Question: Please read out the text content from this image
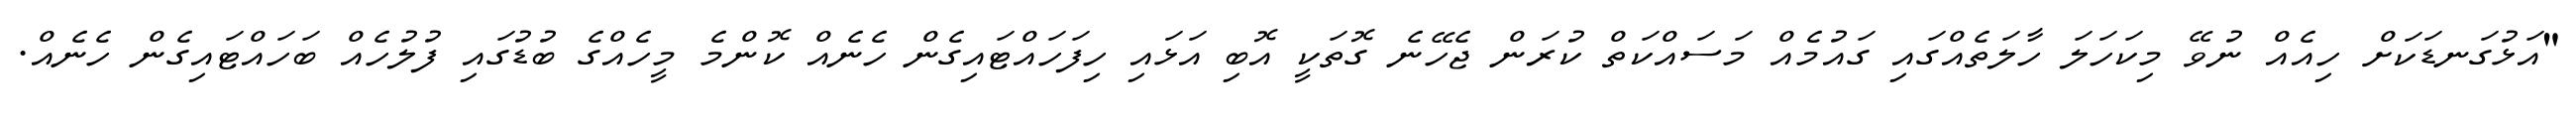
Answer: "އަޅުގަނޑަކަށް ހިއެއް ނުވޭ މިކަހަލަ ހާލަތެއްގައި ގައުމެއް މަސައްކަތް ކުރަން ޖެހޭނެ ގޮތަކީ އޮބި އަޅައި ހިފަހައްޓައިގެން ހެނެއް ކޮންމެ މީހެއްގެ ބުޑުގައި ފުލުހެއް ބަހައްޓައިގެން ހެނެއް.